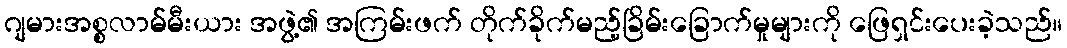
ဂျမားအစ္စလာမ်မီးယား အဖွဲ့၏ အကြမ်းဖက် တိုက်ခိုက်မည့်ခြိမ်းခြောက်မှုများကို ဖြေရှင်းပေးခဲ့သည်။